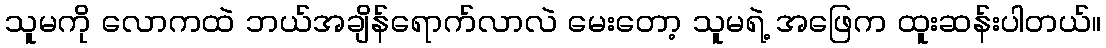
သူမကို လောကထဲ ဘယ်အချိန်ရောက်လာလဲ မေးတော့ သူမရဲ့ အဖြေက ထူးဆန်းပါတယ်။